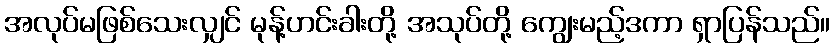
အလုပ်မဖြစ်သေးလျှင် မုန့်ဟင်းခါးတို့ အသုပ်တို့ ကျွေးမည့်ဒကာ ရှာပြန်သည်။